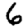
Digit: 6